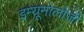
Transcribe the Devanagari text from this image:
इम्यूनोलोजी